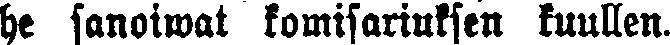
he sanoiwat komisariuksen kuullen.